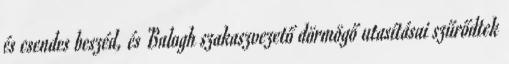
és csendes beszéd, és Balogh szakaszvezető dörmögő utasításai szűrődtek